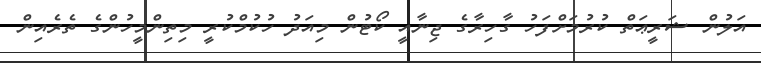
އަލުން ޝަރީޢަތް ކުރުމަށްފަހު ގާހިރާގެ ޖިނާއީ ކޯޓުން މިއަދު ހުކުމްކުރީ މިތިންމީހުންގެ ތެރެއިން